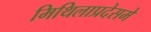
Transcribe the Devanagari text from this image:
मिथिलाप्रदेसमे